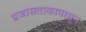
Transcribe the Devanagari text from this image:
प्रजासत्ताकापासून